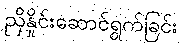
ညှိနှိုင်းဆောင်ရွက်ခြင်း